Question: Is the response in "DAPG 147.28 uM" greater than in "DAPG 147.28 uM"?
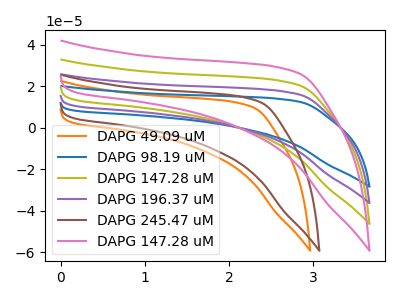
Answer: <think>The orange curve "DAPG 49.09 uM" has no peaks. The blue curve "DAPG 98.19 uM" has no peaks. The olive curve "DAPG 147.28 uM" has no peaks. The purple curve "DAPG 196.37 uM" has no peaks. The brown curve "DAPG 245.47 uM" has no peaks. The pink curve "DAPG 147.28 uM" has no peaks.
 Neither "DAPG 147.28 uM" or "DAPG 147.28 uM" have any peaks.</think>
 <answer>I cant tell if "DAPG 147.28 uM" or "DAPG 147.28 uM" has more signal.</answer>
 <eval>mixed_signal</eval>